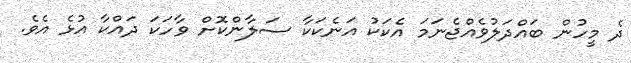
ދެ މީހުން ބައްދަލުވެއްޖެނަމަ އެކަކު އަނެކަކާ ސަލާންކޮށް ވާހަކަ ދައްކާ އުޅެ އެވެ.